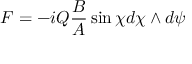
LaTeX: F = - i Q \frac { B } { A } \sin \chi d \chi \wedge d \psi